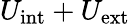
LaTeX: U_{\mathrm{int}}+U_{\mathrm{ext}}